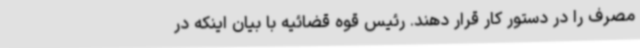
مصرف را در دستور کار قرار دهند. رئیس قوه قضائیه با بیان اینکه در